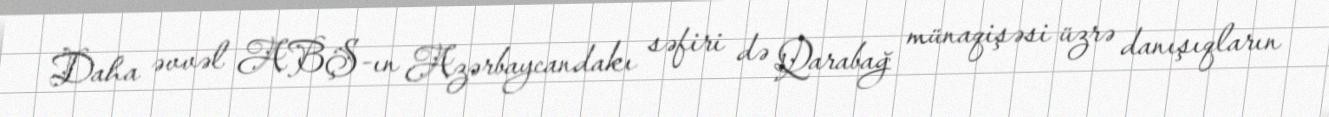
Daha əvvəl ABŞ-ın Azərbaycandakı səfiri də Qarabağ münaqişəsi üzrə danışıqların